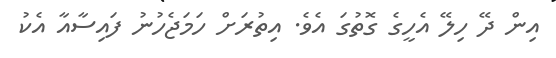
އިން ދޭ ހިލޭ އެހީގެ ގޮތުގަ އެވެ. އިތުރަށް ހަމަޖެހުނު ފައިސާއާ އެކު